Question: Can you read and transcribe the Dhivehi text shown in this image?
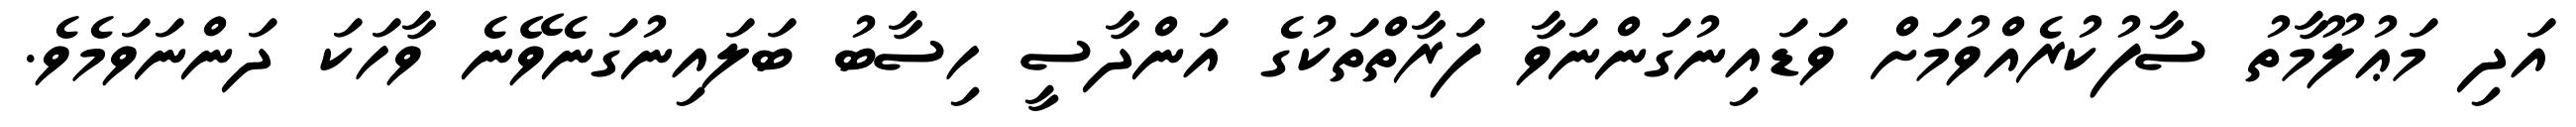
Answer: އަދި މަޢުލޫމާތު ސާފުކުރެއްވުމަށް ވަޑައިނުގަންނަވާ ފަރާތްތަކުގެ އަންދާސީ ހިސާބު ބަލައިނުގަނެވޭނެ ވާހަކަ ދަންނަވަމެވެ.